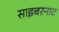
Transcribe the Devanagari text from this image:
साइबरनाट